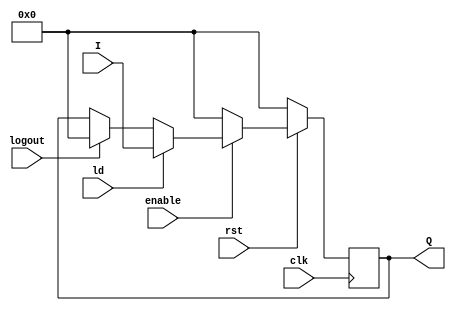
// ECE6370
// Register for storing and loading
module load_register(logout,I,Q,ld,enable,clk,rst);
 input[3:0] I;
 input ld,clk,rst,enable,logout;
 output[3:0] Q;

 reg[3:0] R;
 
always @ (posedge clk)
begin
//Register bits set to '0' when reset is set
 if(rst==0) 
  begin
  R<=4'b0000;
  end
//storing to the register when load button set to '1'
 else if(enable==1)
 begin
 if(logout==1)
  R<=4'b0000;
 if(ld==1)
  begin
  R<=I;
  end
 end
 else R<=4'b0000;
end
//assigning R to Q
assign Q=R;
endmodule